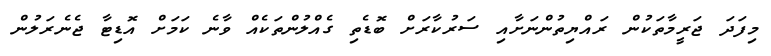
މިފަދަ ޖަރީމާތަކުން ރައްޔިތުންނަށާއި ސަރުކާރަށް ބޮޑެތި ގެއްލުންތަކެއް ވާނެ ކަމަށް އޮޑިޓާ ޖެނެރަލުން